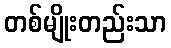
တစ်မျိုးတည်းသာ